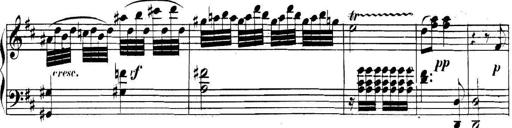
Title: Collected Piano Sonatas
Composer: Muzio Clementi